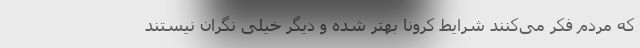
که مردم فکر می‌کنند شرایط کرونا بهتر شده و دیگر خیلی نگران نیستند